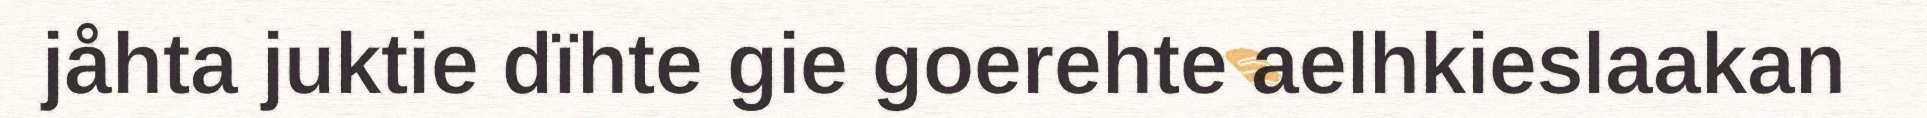
jåhta juktie dïhte gie goerehte aelhkieslaakan